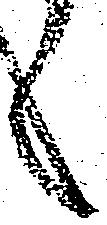
く